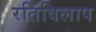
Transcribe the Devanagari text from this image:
रतिविलाप